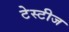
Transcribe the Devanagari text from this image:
टेस्टीज